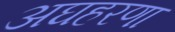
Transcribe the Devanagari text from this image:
अघहरणा